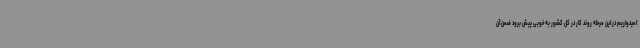
امیدواریم در این مرحله روند کار در کل کشور به خوبی پیش برود ضمن آن